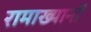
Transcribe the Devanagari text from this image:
रामाख्यानों